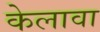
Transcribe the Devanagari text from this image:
केलावा